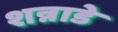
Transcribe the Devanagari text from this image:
शन्नाडे